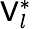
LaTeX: \mathsf{V}_{l}^{*}